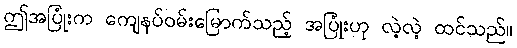
ဤအပြုံးက ကျေနပ်ဝမ်းမြောက်သည့် အပြုံးဟု လဲ့လဲ့ ထင်သည်။